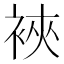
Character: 裌